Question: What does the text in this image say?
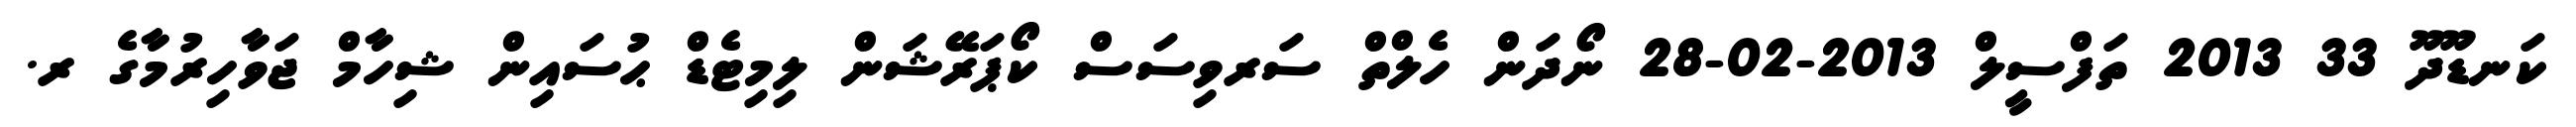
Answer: ކަނޑޫދޫ 33 2013 ތަފްސީލް 2013-02-28 ނޯދަން ހެލްތް ސަރވިސަސް ކޯޕަރޭޝަން ލިމިޓެޑް ޙުސައިން ޝިހާމް ޖަވާހިރުމާގެ ރ.